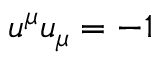
u ^ { \mu } u _ { \mu } = - 1